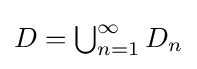
{\textstyle D=\bigcup _{n=1}^{\infty }D_{n}}